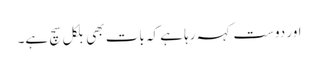
اور دوست کہہ رہا ہے کہ بات بھی بلکل سچ ہے۔